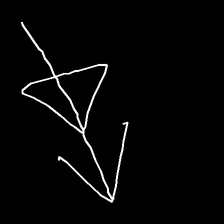
Glyph: pull